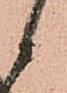
御